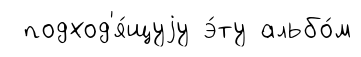
подход'я́щуjу э́ту альбо́м